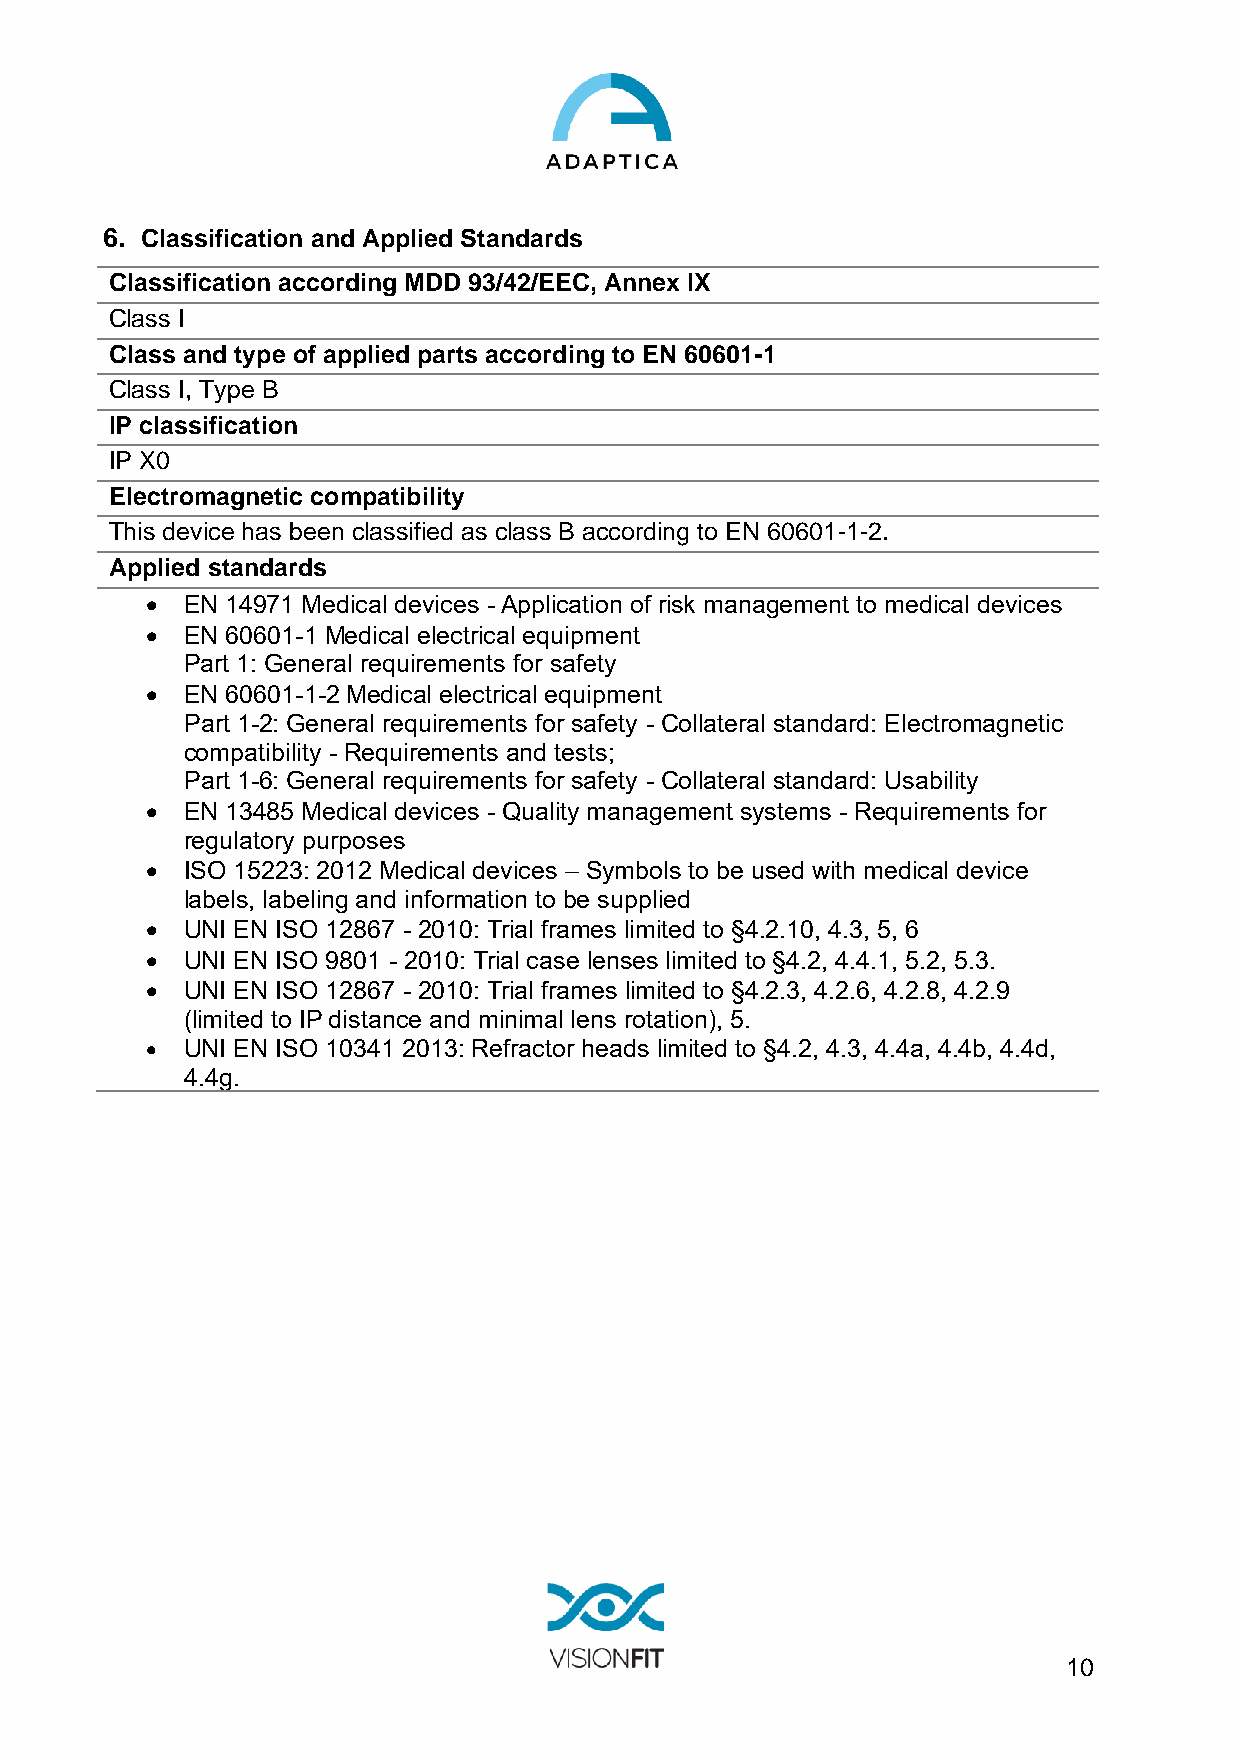
6. Classification and Applied Standards
 Classification according MDD 93/42/EEC, Annex IX
 Class I
 Class and type of applied parts according to EN 60601-1
 Class I, Type B
 IP classification
 IP X0
 Electromagnetic compatibility
 This device has been classified as class B according to EN 60601-1-2.
 Applied standards
 • EN 14971 Medical devices - Application of risk management to medical devices
 • EN 60601-1 Medical electrical equipment
 Part 1: General requirements for safety
 • EN 60601-1-2 Medical electrical equipment
 Part 1-2: General requirements for safety - Collateral standard: Electromagnetic
 compatibility - Requirements and tests;
 Part 1-6: General requirements for safety - Collateral standard: Usability
 • EN 13485 Medical devices - Quality management systems - Requirements for
 regulatory purposes
 • ISO 15223: 2012 Medical devices – Symbols to be used with medical device
 labels, labeling and information to be supplied
 • UNI EN ISO 12867 - 2010: Trial frames limited to §4.2.10, 4.3, 5, 6
 • UNI EN ISO 9801 - 2010: Trial case lenses limited to §4.2, 4.4.1, 5.2, 5.3.
 • UNI EN ISO 12867 - 2010: Trial frames limited to §4.2.3, 4.2.6, 4.2.8, 4.2.9
 (limited to IP distance and minimal lens rotation), 5.
 • UNI EN ISO 10341 2013: Refractor heads limited to §4.2, 4.3, 4.4a, 4.4b, 4.4d,
 4.4g.
 10